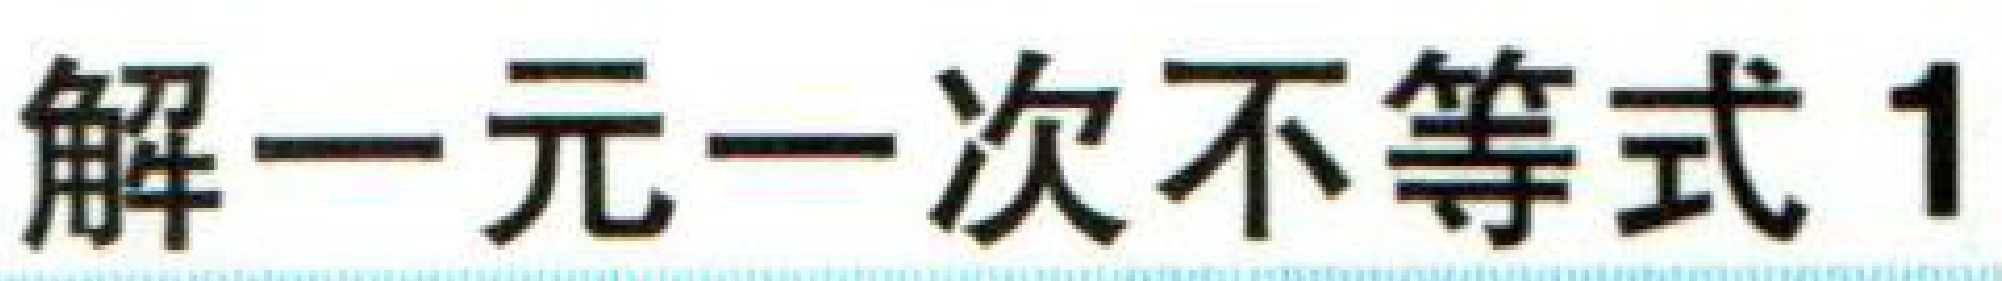
解一元一次不等式1